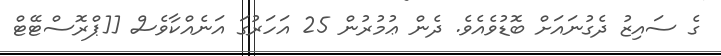
ގެ ސައިޒު ދެގުނައަށް ބޮޑުވެއެވެ. ދެން ޢުމުރުން 25 އަހަރުގަ އަނެއްކާވެސް [[ޕްރޮސްޓޭޓް